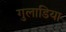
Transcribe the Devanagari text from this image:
गुलाडिया